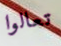
تعالوا